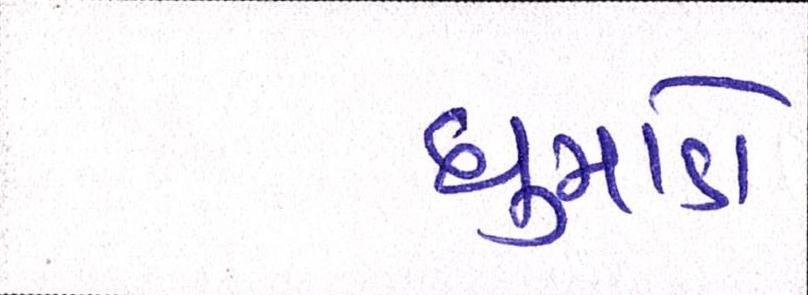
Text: ધુમાડો